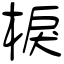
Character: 棙